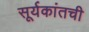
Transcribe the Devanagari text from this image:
सूर्यकांतची